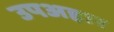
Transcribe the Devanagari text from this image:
उपअहार